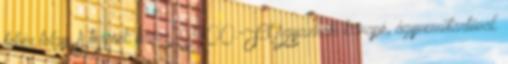
fehér tölgy. A termék ára: 21900.-Ft Ágyazható kanapé, ágyneműtartóval.